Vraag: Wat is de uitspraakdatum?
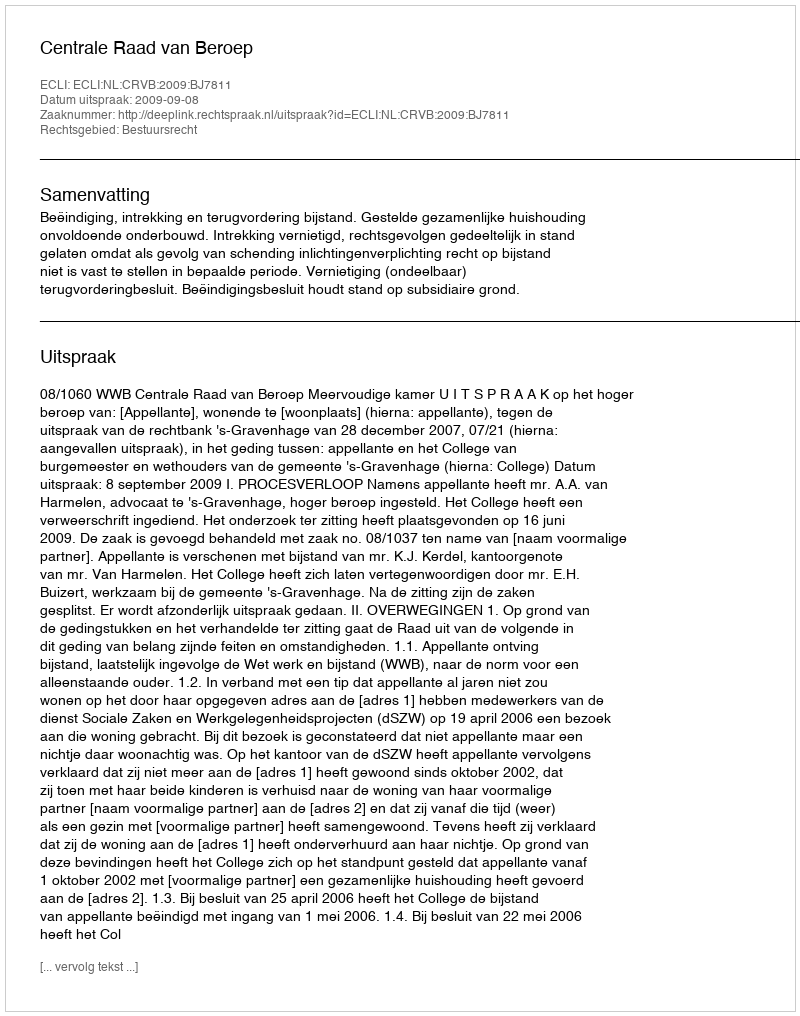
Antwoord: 2009-09-08